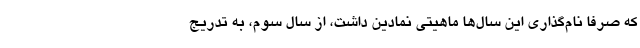
که صرفا نام‌گذاری این سال‌ها ماهیتی نمادین داشت، از سال سوم، به تدریج